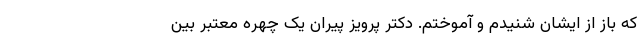
که باز از ایشان شنیدم و آموختم. دکتر پرویز پیران یک چهره معتبر بین